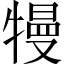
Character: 𤛔